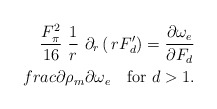
\begin{align*}\frac{F_\pi^2}{16}\ \frac{1}{r}\,\,\partial_r \left( \, rF'_d \right) =\frac{\partial \omega_e}{\partial F_d}\\frac{\partial \rho_m}{\partial \omega_e}\quad\mbox{for $d>1$.}\end{align*}